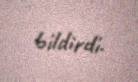
bildirdi.